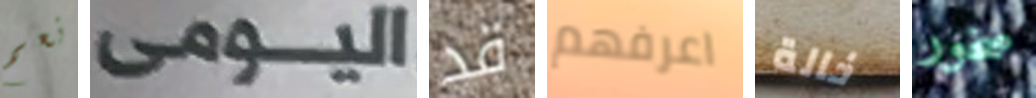
نعم اليومى قد اعرفهم خالة صخور